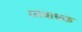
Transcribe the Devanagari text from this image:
रसबाधक